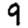
Digit: 9